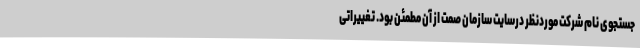
جستجوی نام شرکت‌ موردنظر درسایت سازمان صمت از آن مطمئن بود. تغییراتی